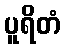
ပူရိတံ